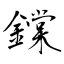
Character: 鏿